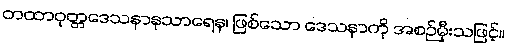
တထာဝုတ္တဒေသနာနုသာရေန၊ ဖြစ်သော ဒေသနာကို အစဉ်မှီးသဖြင့်။